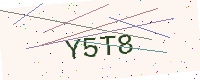
Text: Y5T8